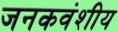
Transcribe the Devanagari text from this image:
जनकवंशीय